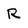
Character: R